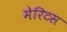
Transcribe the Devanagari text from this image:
मेरिटस